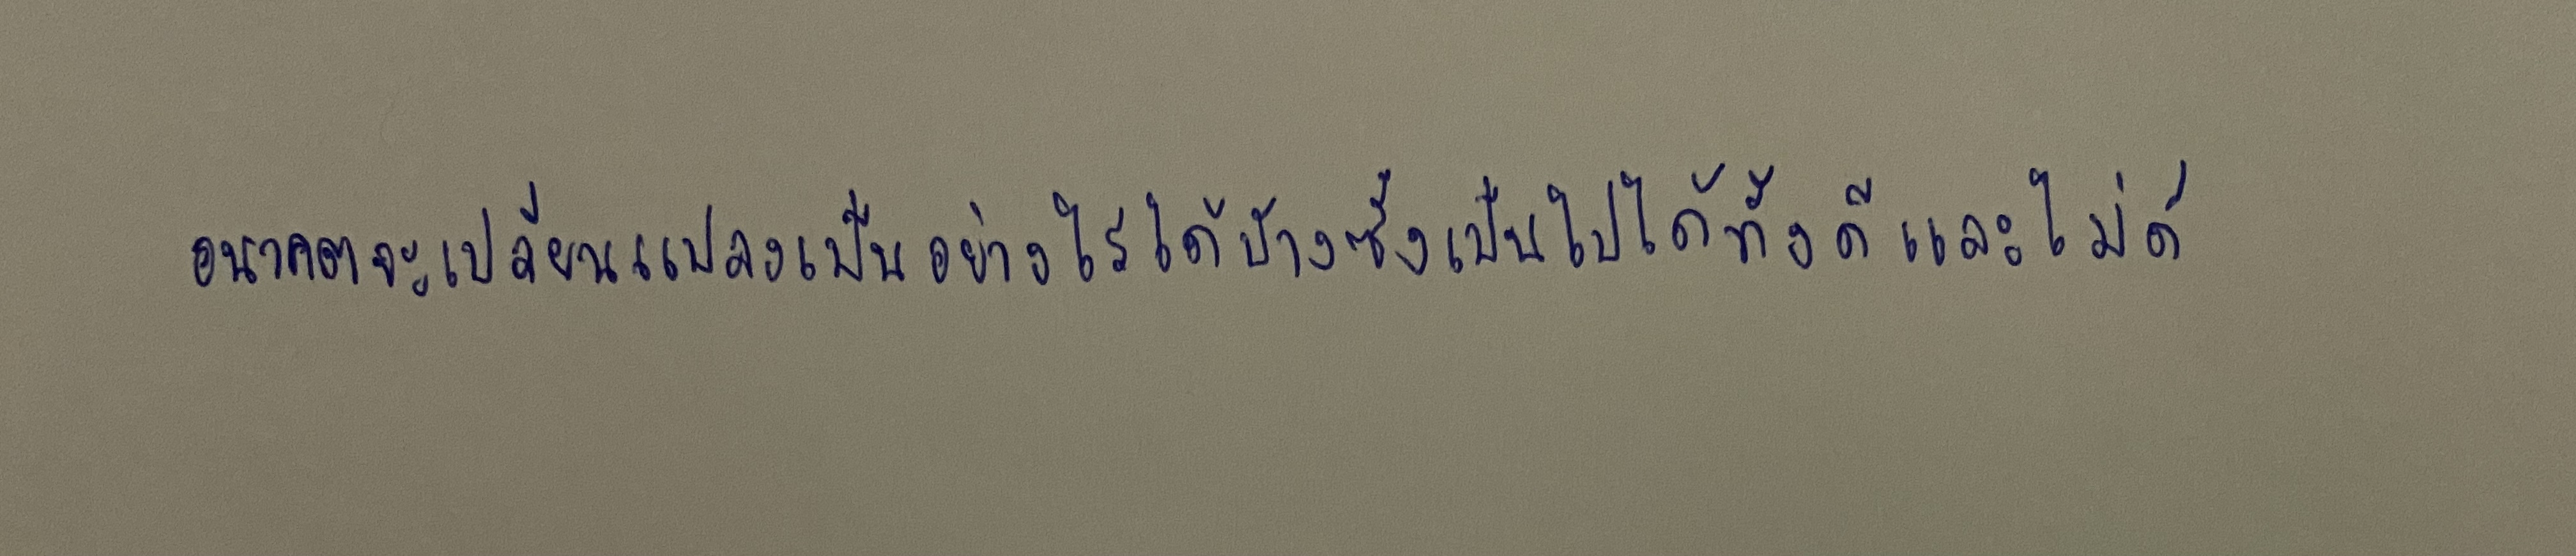
อนาคตจะเปลี่ยนแปลงเป็นอย่างไรได้บ้างซึ่งเป็นไปได้ทั้งดีและไม่ดี